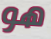
هو